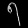
Digit: ၅